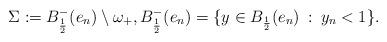
LaTeX: \begin{align*}\Sigma:=B^-_\frac{1}{2}(e_n)\setminus \omega_+,B^-_\frac{1}{2}(e_n)=\{y\in B_\frac{1}{2}(e_n)\::\: y_n<1\}. \end{align*}